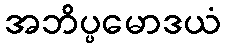
အဘိပ္ပမောဒယံ